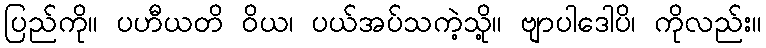
ပြည်ကို။ ပဟီယတိ ဝိယ၊ ပယ်အပ်သကဲ့သို့။ ဗျာပါဒေါပိ၊ ကိုလည်း။